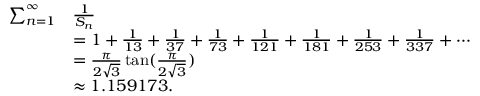
{ \begin{array} { r l } { \sum _ { n = 1 } ^ { \infty } } & { { \frac { 1 } { S _ { n } } } } \\ & { = 1 + { \frac { 1 } { 1 3 } } + { \frac { 1 } { 3 7 } } + { \frac { 1 } { 7 3 } } + { \frac { 1 } { 1 2 1 } } + { \frac { 1 } { 1 8 1 } } + { \frac { 1 } { 2 5 3 } } + { \frac { 1 } { 3 3 7 } } + \cdots } \\ & { = { \frac { \pi } { 2 { \sqrt { 3 } } } } \tan ( { \frac { \pi } { 2 { \sqrt { 3 } } } } ) } \\ & { \approx 1 . 1 5 9 1 7 3 . } \end{array} }